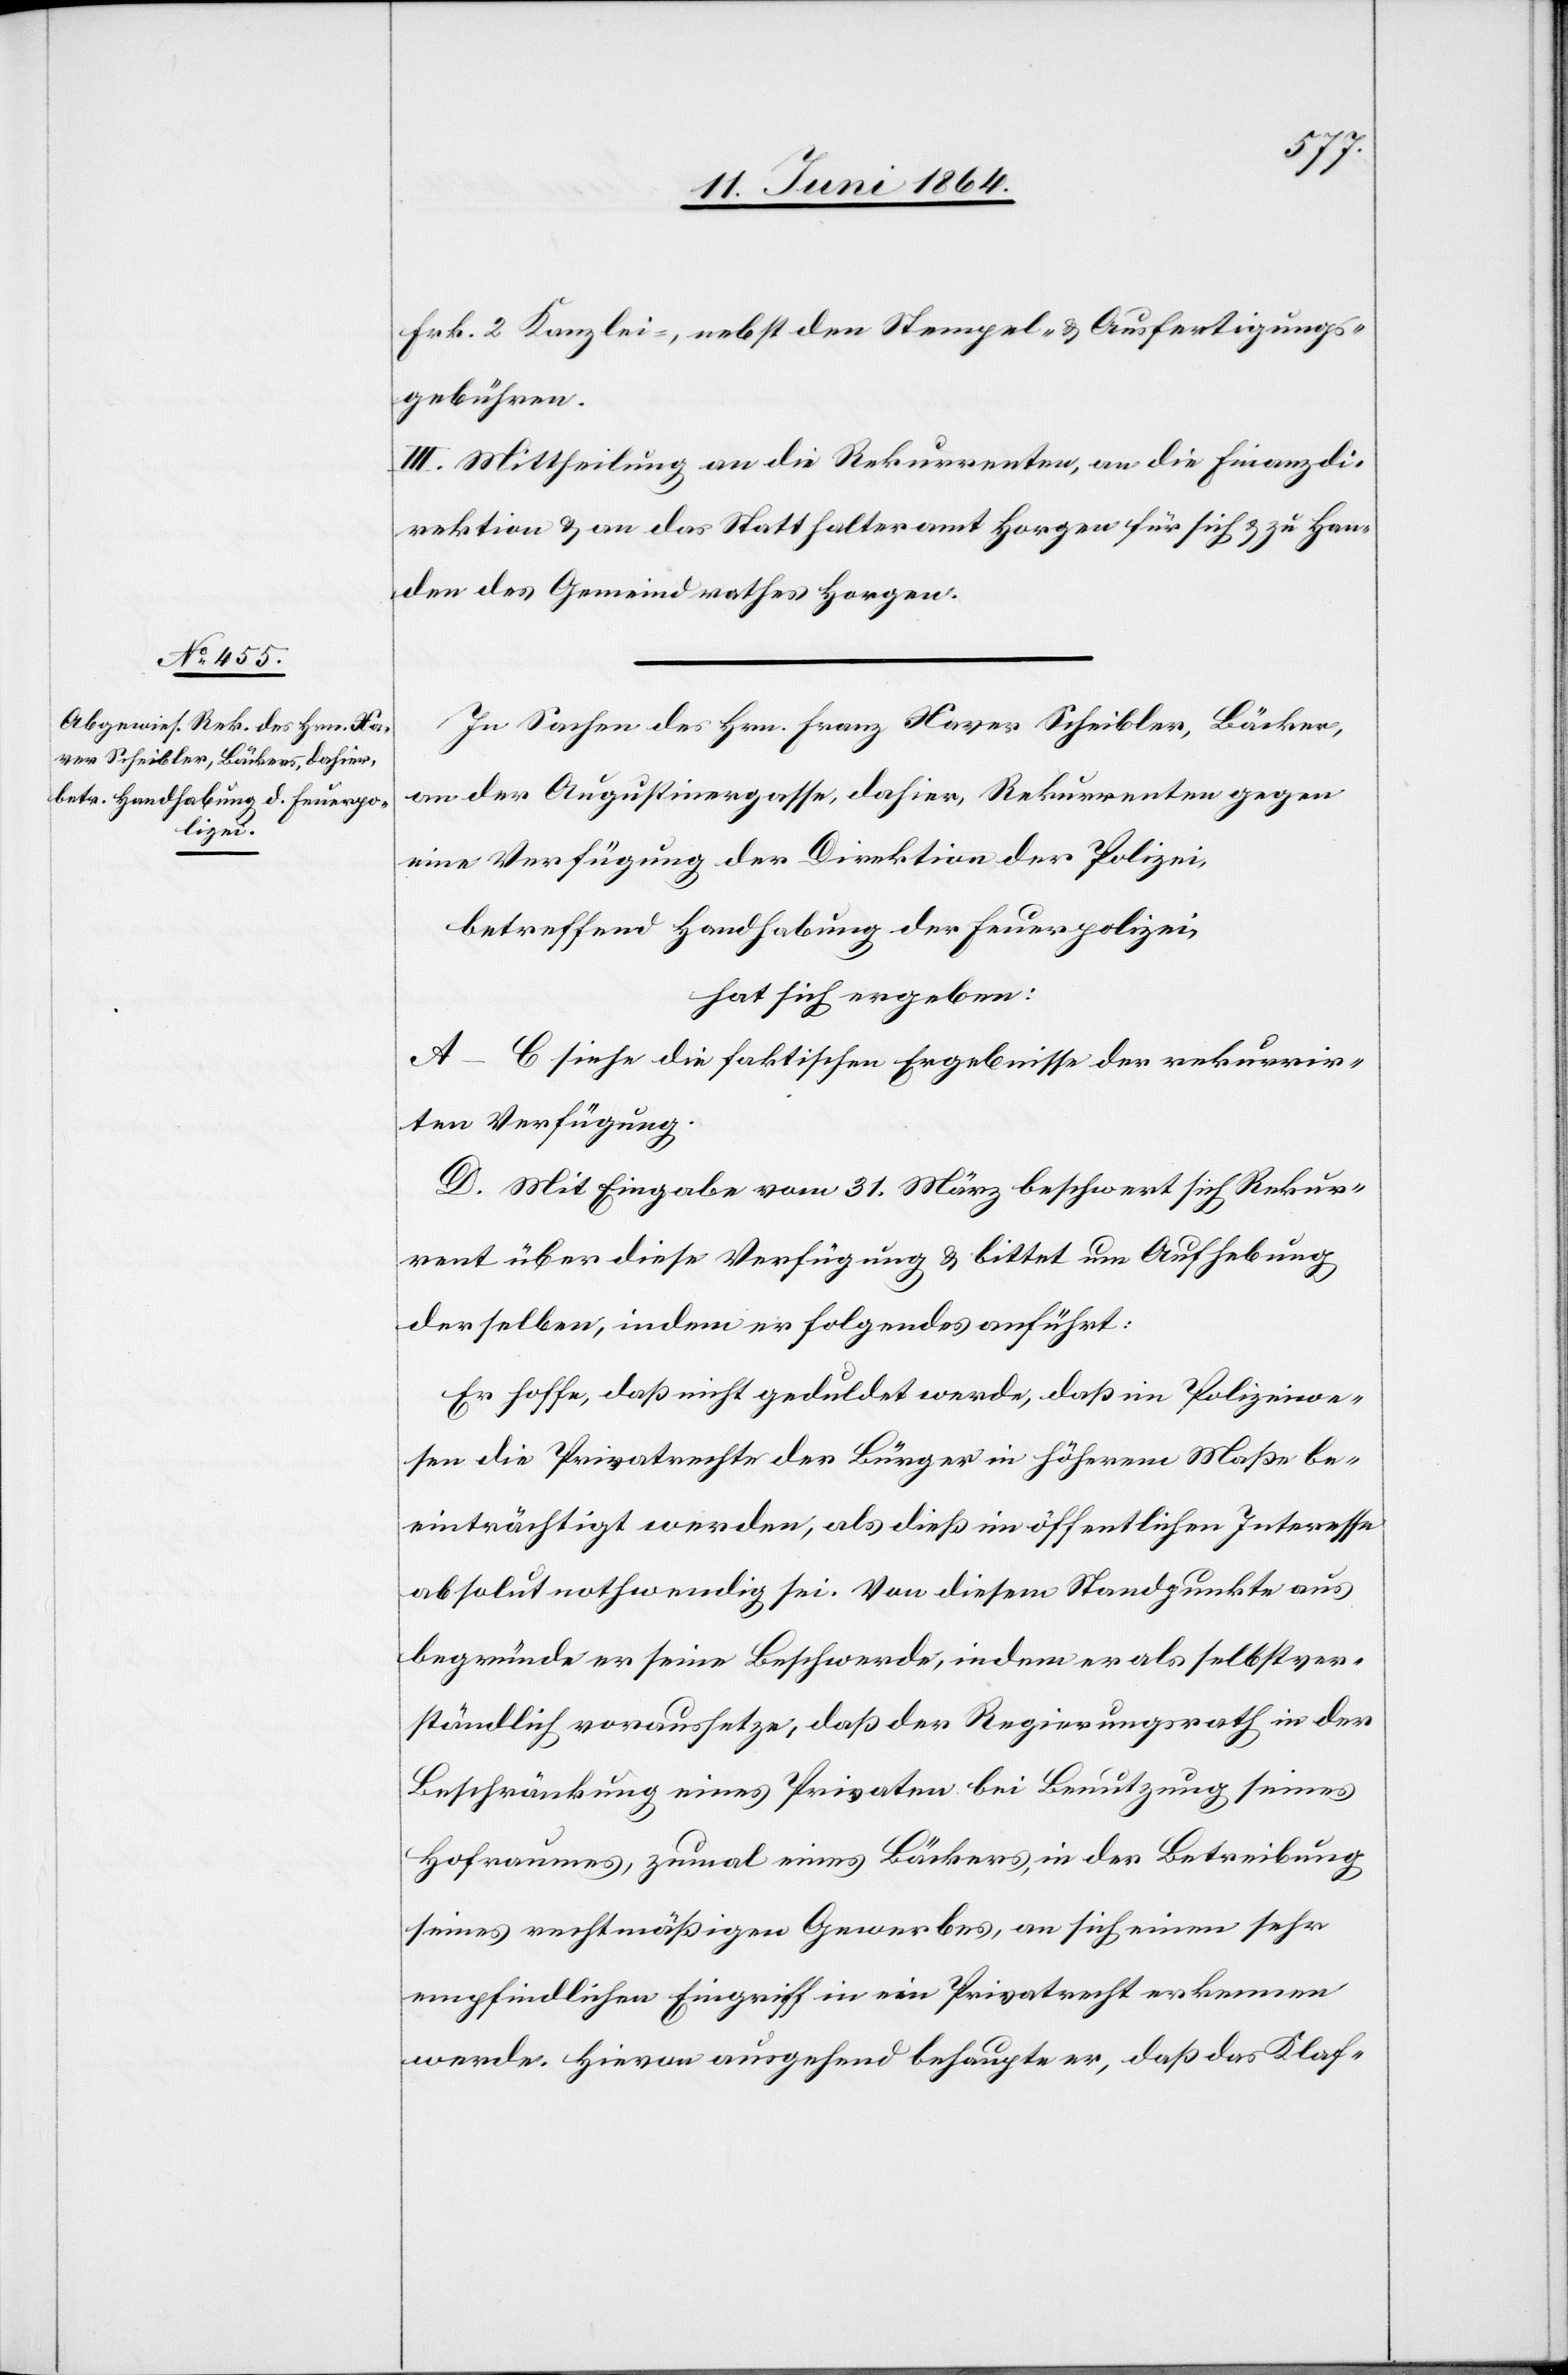
Frk. 2 Kanzlei-, nebst den Stempel- u. Ausfertigungs¬
gebühren.
III. Mittheilung an die Rekurrenten, an die Finanzdi¬
rektion u. an das Statthalteramt Horgen für sich u. zu Han¬
den des Gemeindrathes Horgen.
In Sachen des Hrn. Franz Xaver Scheibler, Bäcker,
an der Augustinergasse, dahier, Rekurrenten gegen
eine Verfügung der Direktion der Polizei,
betreffend Handhabung der Feuerpolizei,
hat sich ergeben:
A–C siehe die faktischen Ergebnisse der rekurrir¬
ten Verfügung.
D. Mit Eingabe vom 31. März beschwert sich Rekur¬
rent über diese Verfügung u. bittet um Aufhebung
derselben, indem er folgendes anführt:
Er hoffe, daß nicht geduldet werde, daß im Polizeiwe¬
sen die Privatrechte der Bürger in höherem Maße be¬
einträchtigt werden, als dieß im öffentlichen Interesse
absolut nothwendig sei. Von diesem Standpunkte aus
begründe er seine Beschwerde, indem er als selbstver¬
ständlich voraussetze, daß der Regierungsrath in der
Beschränkung eines Privaten bei Benutzung seines
Hofraumes, zumal eines Bäckers, in der Betreibung
seines rechtmäßigen Gewerbes, an sich einen sehr
empfindlichen Eingriff in ein Privatrecht erkennen
werde. Hievon ausgehend behaupte er, daß das Klaf-